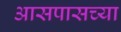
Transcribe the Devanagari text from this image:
अासपासच्या